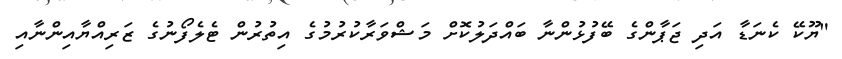
"ޔޫކޭ ކެނަޑާ އަދި ޖަޕާންގެ ބޭފުޅުންނާ ބައްދަލުކޮށް މަޝްވަރާކުރުމުގެ އިތުރުން ޓެލެފޯނުގެ ޒަރިއްޔާއިންނާއި